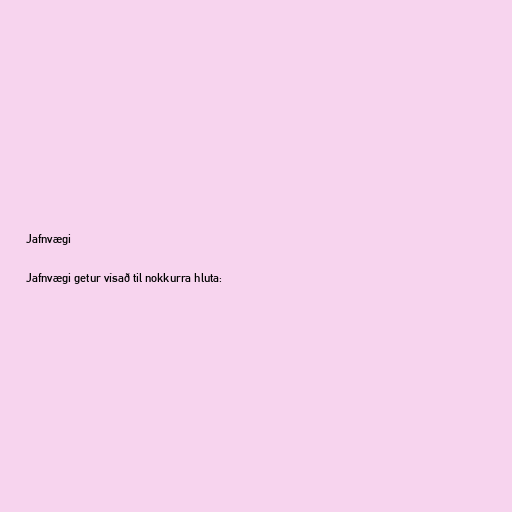
Jafnvægi

Jafnvægi getur vísað til nokkurra hluta: